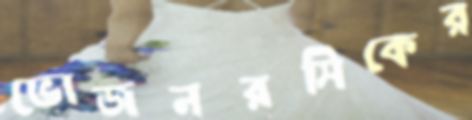
ভোজনরসিকের